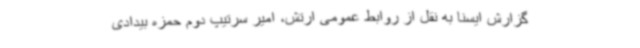
گزارش ایسنا به نقل از روابط عمومی ارتش، امیر سرتیپ دوم حمزه بیدادی